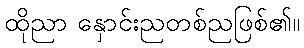
ထိုညာ နှောင်းညတစ်ညဖြစ်၏။